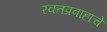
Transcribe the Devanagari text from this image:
रक्तप्रवाहाचे